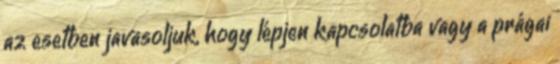
az esetben javasoljuk, hogy lépjen kapcsolatba vagy a prágai